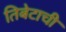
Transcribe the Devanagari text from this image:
तिबेटाची